Report of cholera committee
Disease focus: Cholera
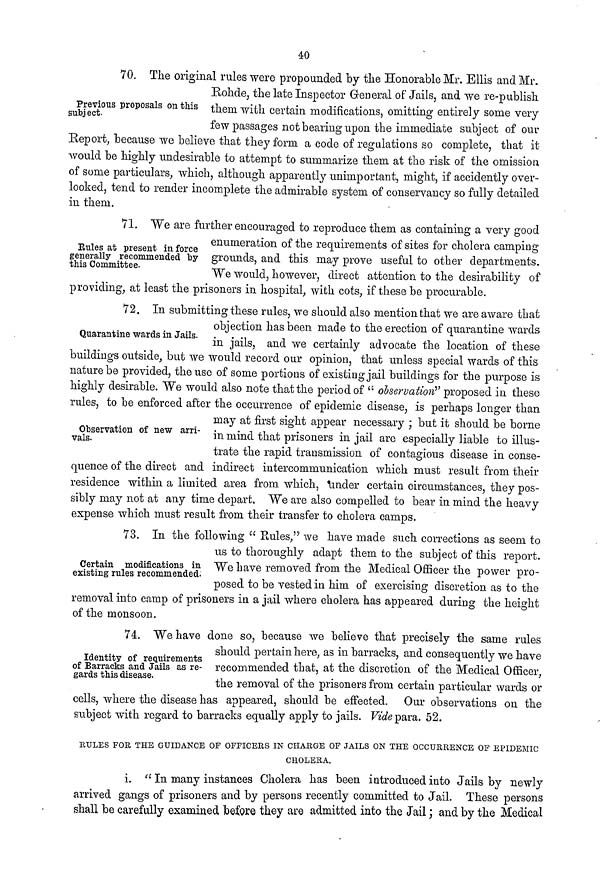
40
Previous proposals on this
subject.
70. The original rules were propounded by the Honorable Mr. Ellis and Mr.
Rohde, the late Inspector General of Jails, and we re-publish
them with certain modifications, omitting entirely some very
few passages not bearing upon the immediate subject of our
Report, because we believe that they form a code of regulations so complete, that it
would be highly undesirable to attempt to summarize them at the risk of the omission
of some particulars, which, although apparently unimportant, might, if accidently over-
looked, tend to render incomplete the admirable system of conservancy so fully detailed
in them.
Rules at present in force
generally recommended by
this Committee.
71. We are further encouraged to reproduce them as containing a very good
enumeration of the requirements of sites for cholera camping
grounds, and this may prove useful to other departments.
We would, however, direct attention to the desirability of
providing, at least the prisoners in hospital, with cots, if these be procurable.
Quarantine wards in Jails.
72. In submitting these rules, we should also mention that we are aware that
objection has been made to the erection of quarantine wards
in jails, and we certainly advocate the location of these
buildings outside, but we would record our opinion, that unless special wards of this
nature be provided, the use of some portions of existing jail buildings for the purpose is
highly desirable. We would also note that the period of " observation" proposed in these
rules, to be enforced after the occurrence of epidemic disease, is perhaps longer than
Observation of new arri-
vals.
may at first sight appear necessary ; but it should be borne
in mind that prisoners in jail are especially liable to illus-
trate the rapid transmission of contagious disease in conse-
quence of the direct and indirect intercommunication which must result from their
residence within a limited area from which, linder certain circumstances, they pos-
sibly may not at any time depart. We are also compelled to bear in mind the heavy
expense which must result from their transfer to cholera camps.
Certain modifications in
existing rules recommended.
73. In the following " Rules," we have made such corrections as seem to
us to thoroughly adapt them to the subject of this report.
We have removed from the Medical Officer the power pro-
posed to be vested in him of exercising discretion as to the
removal into camp of prisoners in a jail where cholera has appeared during the height
of the monsoon.
Identity of requirements
of Barracks and Jails as re-
gards this disease.
74. We have done so, because we believe that precisely the same rules
should pertain here, as in barracks, and consequently we have
recommended that, at the discretion of the Medical Officer,
the removal of the prisoners from certain particular wards or
cells, where the disease has appeared, should be effected. Our observations on the
subject with regard to barracks equally apply to jails. Vide para. 52.
HULES FOE THE GUIDANCE OF OFFICERS IN CHARGE OF JAILS ON THE OCCURRENCE OF EPIDEMIC
CHOLERA,
i. " In many instances Cholera has been introduced into Jails by newly
arrived gangs of prisoners and by persons recently committed to Jail. These persons
shall be carefully examined before they are admitted into the Jail ; and by the Medical